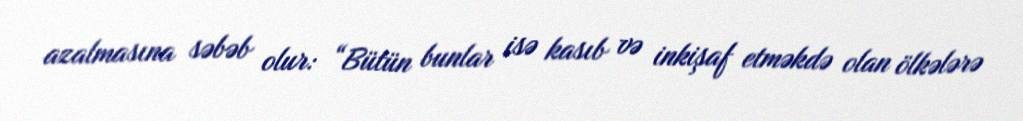
azalmasına səbəb olur: “Bütün bunlar isə kasıb və inkişaf etməkdə olan ölkələrə